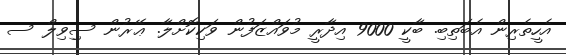
އެހީތެރިން އެބަތިބި. ބާކީ 9000 އިދާރީ މުވައްޒަފުން ވަކިކޮށްލާ. ޢޭރުން ސިިވިލް ސ